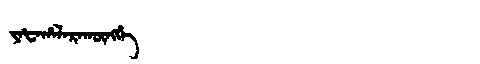
Manchu: ᠶᠠᡶᠠᡥᠠᠯᠠᡵᠠᡴᡡᠩᡤᡝ
Romanization: YAFAHALARAKŪNGGE